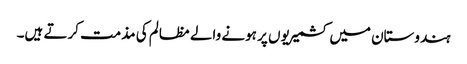
ہندوستان میں کشمیریوں پر ہونے والے مظالم کی مذمت کرتے ہیں۔